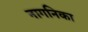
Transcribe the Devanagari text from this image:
नागनिका